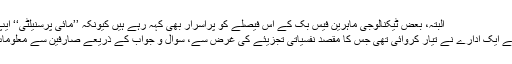
البتہ، بعض ٹیکنالوجی ماہرین فیس بُک کے اس فیصلے کو پراسرار بھی کہہ رہے ہیں کیونکہ ’’مائی پرسنیلٹی‘‘ ایپ، برطانیہ میں،
نفسیاتی تحقیق کے ایک ادارے نے تیار کروائی تھی جس کا مقصد نفسیاتی تجزیئے کی غرض سے، سوال و جواب کے ذریعے صارفین سے معلومات جمع کرنا تھا۔